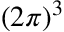
{ \left( { 2 \pi } \right) ^ { 3 } }